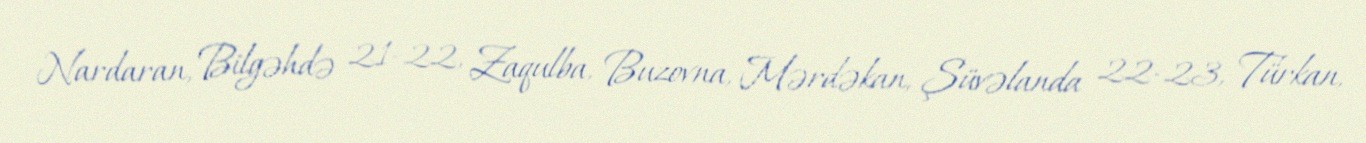
Nardaran, Bilgəhdə 21-22, Zaqulba, Buzovna, Mərdəkan, Şüvəlanda 22-23, Türkan,